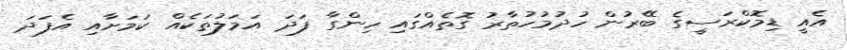
އެއީ ޑިމޮކްރަސީގެ ބޭރުން ހުދުމުހުތާރު ގޮތެއްގައި ހިންގާ ފަދަ އަމަލުތަކެއް ކަމަށާއި އެފަދަ